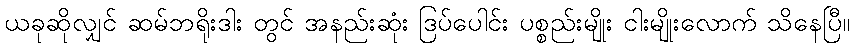
ယခုဆိုလျှင် ဆမ်ဘရိုးဒါး တွင် အနည်းဆုံး ဒြပ်ပေါင်း ပစ္စည်းမျိုး ငါးမျိုးလောက် သိနေပြီ။